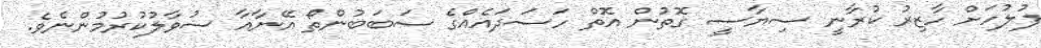
ފުލުހަށް ހާޒިރު ކުރާނީ ސިޔާސީ ގޮތުން އޮތް ހަސަދައެއްގެ ސަބަބުންތޯ އޭނާއާ ސުވާލުކުރުމުންނެވެ.